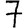
Digit: 7